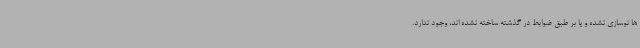
ها نوسازی نشده و یا بر طبق ضوابط در گذشته ساخته نشده اند، وجود ندارد.